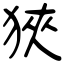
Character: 狹